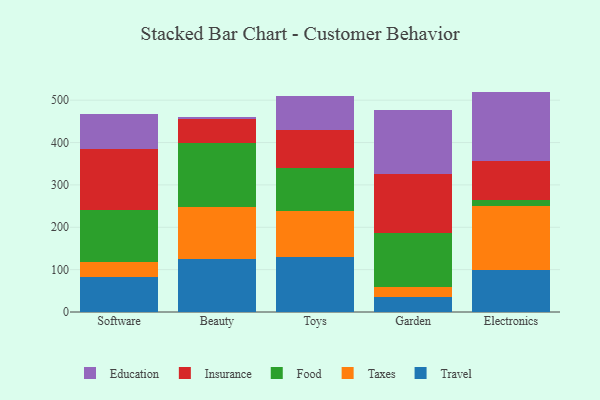
{"axis": {"x": "Category", "y": "Page Views"}, "legend": ["Education", "Food", "Insurance", "Taxes", "Travel"], "data": [{"x": "Software", "y": 83.5, "type": "Travel"}, {"x": "Software", "y": 33.5, "type": "Taxes"}, {"x": "Software", "y": 123.3, "type": "Food"}, {"x": "Software", "y": 144.3, "type": "Insurance"}, {"x": "Software", "y": 81.9, "type": "Education"}, {"x": "Beauty", "y": 126.1, "type": "Travel"}, {"x": "Beauty", "y": 120.9, "type": "Taxes"}, {"x": "Beauty", "y": 150.8, "type": "Food"}, {"x": "Beauty", "y": 57.7, "type": "Insurance"}, {"x": "Beauty", "y": 6.0, "type": "Education"}, {"x": "Toys", "y": 130.1, "type": "Travel"}, {"x": "Toys", "y": 109.3, "type": "Taxes"}, {"x": "Toys", "y": 99.7, "type": "Food"}, {"x": "Toys", "y": 91.2, "type": "Insurance"}, {"x": "Toys", "y": 80.1, "type": "Education"}, {"x": "Garden", "y": 34.5, "type": "Travel"}, {"x": "Garden", "y": 25.0, "type": "Taxes"}, {"x": "Garden", "y": 126.5, "type": "Food"}, {"x": "Garden", "y": 139.1, "type": "Insurance"}, {"x": "Garden", "y": 151.1, "type": "Education"}, {"x": "Electronics", "y": 98.5, "type": "Travel"}, {"x": "Electronics", "y": 151.6, "type": "Taxes"}, {"x": "Electronics", "y": 13.4, "type": "Food"}, {"x": "Electronics", "y": 93.1, "type": "Insurance"}, {"x": "Electronics", "y": 163.7, "type": "Education"}]}